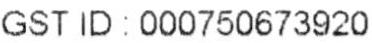
GST ID : 000750673920